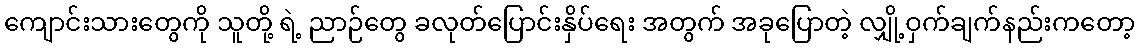
ကျောင်းသားတွေကို သူတို့ ရဲ့ ညာဉ်တွေ ခလုတ်ပြောင်းနှိပ်ရေး အတွက် အခုပြောတဲ့ လျှို့ဝှက်ချက်နည်းကတော့